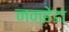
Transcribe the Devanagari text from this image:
नन्हेडा